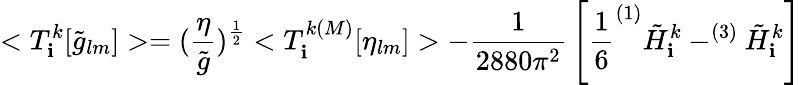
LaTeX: <T_{\mathbf{i}}^{k}[\tilde{{g}}_{lm}]>=(\frac{{\eta}}{{\tilde{{g}}}})^{\frac{{1}}{{2}}}<T_{\mathbf{i}}^{k(M)}[\eta_{lm}]>-{\frac{{1}}{{2880\pi^{2}}}}\left[{\frac{{1}}{{6}}}^{(1)}\tilde{{H}}_{\mathbf{i}}^{k}-^{(3)}\tilde{{H}}_{\mathbf{i}}^{k}\right]